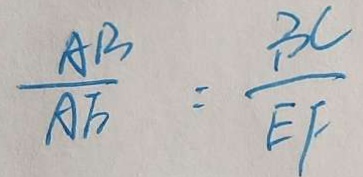
\frac { A B } { A F } = \frac { B C } { E F }